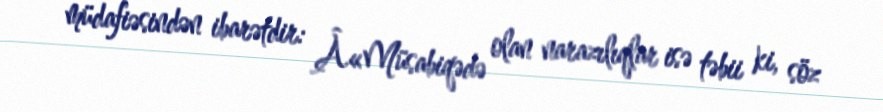
müdafiəsindən ibarətdir: Â«Müsabiqədə olan narazılıqlar isə təbii ki, söz